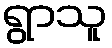
ရွာသူ